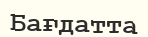
Бағдатта